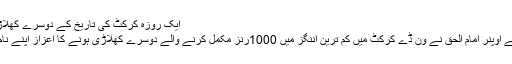
ایک روزہ کرکٹ کی تاریخ کے دوسرے کھلاڑی بن گئے
قومی ٹیم کے اوپنر امام الحق نے ون ڈے کرکٹ میں کم ترین اننگز میں 1000رنز مکمل کرنے والے دوسرے کھلاڑی ہونے کا اعزاز اپنے نام کرلیا ہے ۔